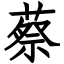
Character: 蔡